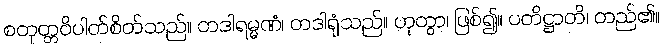
စတုတ္တဝိပါတ်စိတ်သည်။ တဒါရမ္မဏံ၊ တဒါရုံသည်။ ဟုတွာ၊ ဖြစ်၍။ ပတိဋ္ဌာတိ၊ တည်၏။